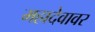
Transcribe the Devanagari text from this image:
महादेवावर